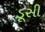
ડૂસી